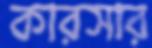
কারসার